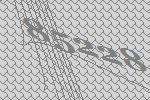
85228